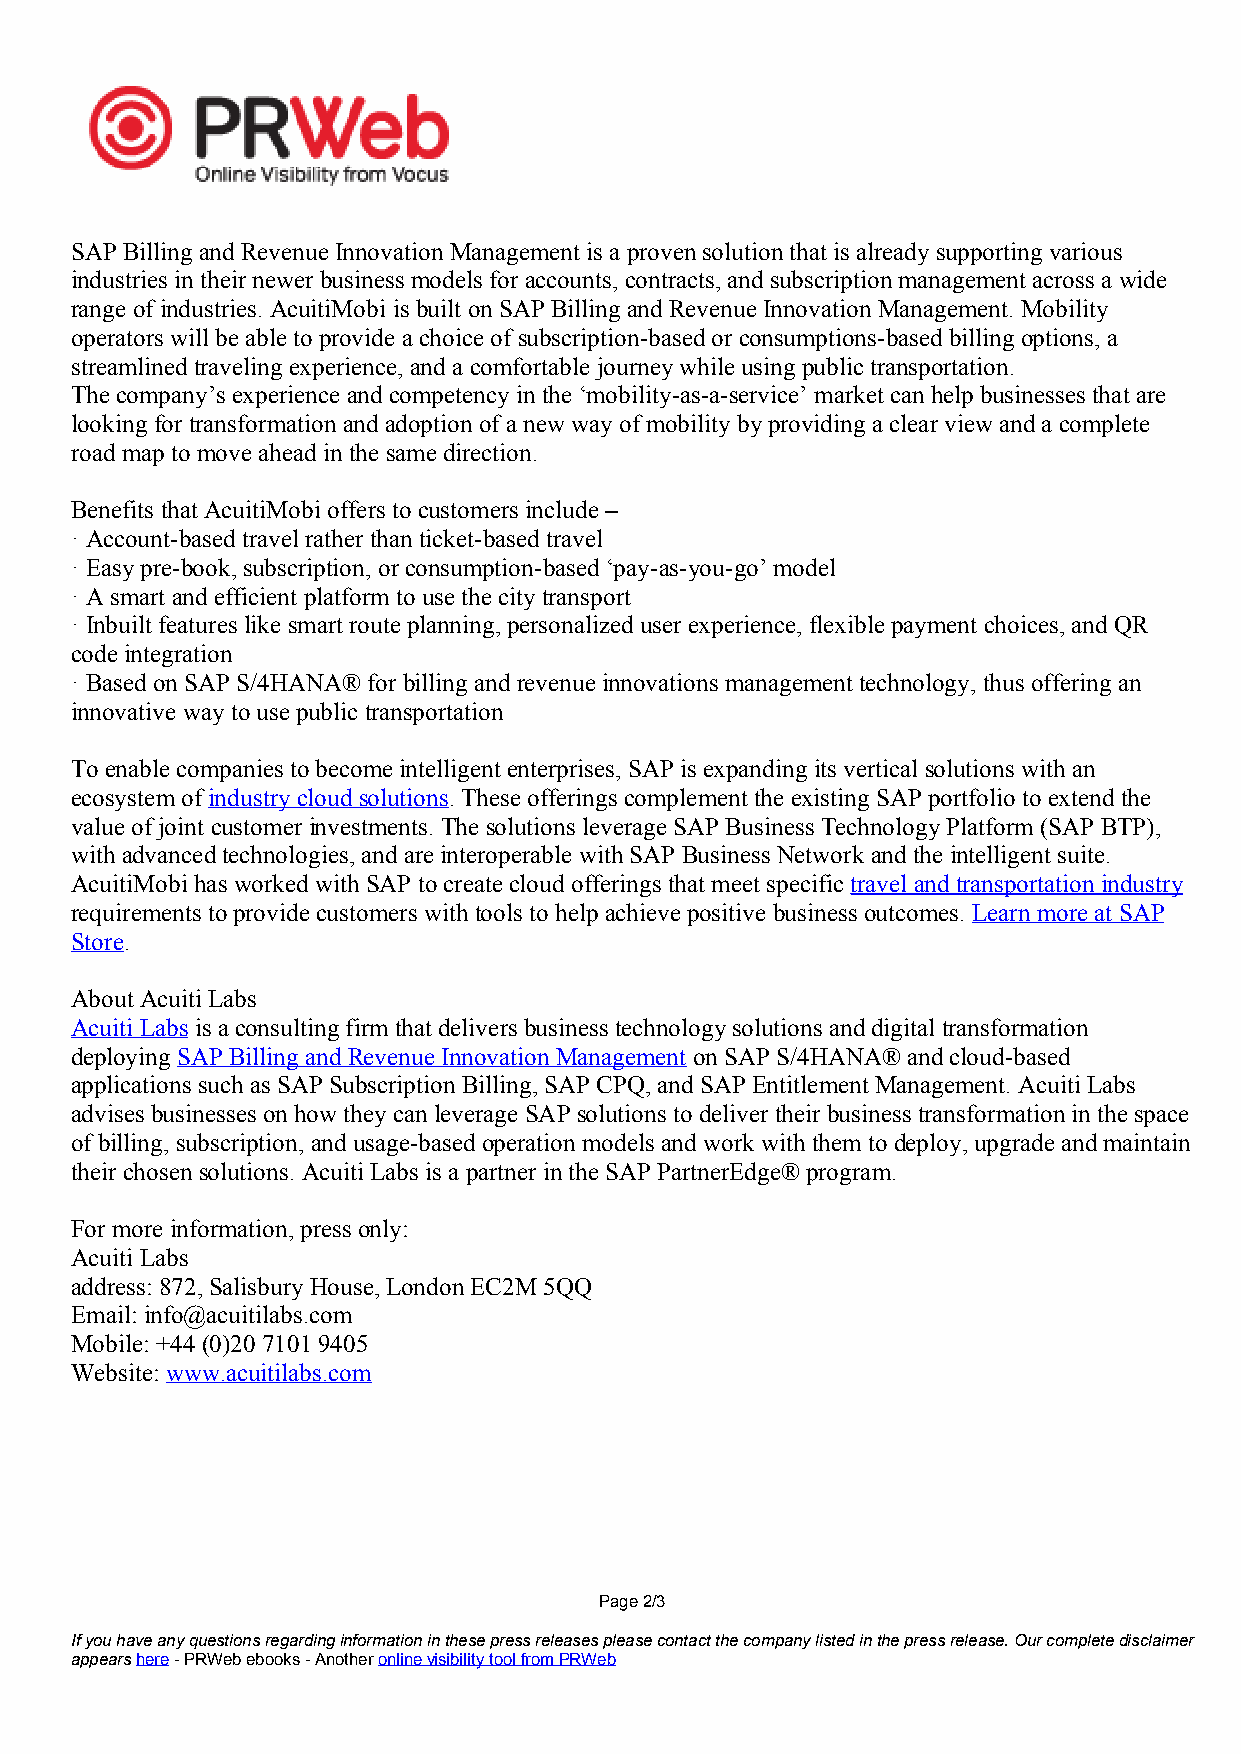
SAP Billing and Revenue Innovation Management is a proven solution that is already supporting various
 industries in their newer business models for accounts, contracts, and subscription management across a wide
 range of industries. AcuitiMobi is built onSAP Billing and Revenue Innovation Management. Mobility
 operators will be able to provide a choice of subscription-based or consumptions-based billing options, a
 streamlined traveling experience, and a comfortable journey while using public transportation.
 The company’s experience and competency in the ‘mobility-as-a-service’ market can help businesses that are
 looking for transformation and adoption of a new way of mobility byproviding a clear view and a complete
 road map to move ahead in the same direction.
 Benefits that AcuitiMobi offers to customers include –
 · Account-based travel rather than ticket-based travel
 · Easy pre-book,subscription, or consumption-based ‘pay-as-you-go’ model
 · A smart and efficient platform to use the city transport
 · Inbuilt features like smart route planning, personalized user experience, flexible payment choices, and QR
 code integration
 · Based onSAP S/4HANA® for billing and revenue innovations management technology, thus offering an
 innovative way to use public transportation
 To enable companies to become intelligent enterprises, SAP is expanding its vertical solutions with an
 ecosystem of industry cloud solutions.These offerings complement the existing SAP portfolio to extend the
 value of joint customer investments. The solutions leverage SAP Business Technology Platform (SAP BTP),
 with advanced technologies, and are interoperable with SAP Business Network and the intelligent suite.
 AcuitiMobi has worked with SAP to create cloud offerings that meet specific travel and transportation industry
 requirements to provide customers with tools to help achieve positive business outcomes. Learn more at SAP
 Store.
 About Acuiti Labs
 Acuiti Labs is a consulting firm that delivers business technology solutions and digital transformation
 deploying SAP Billing and Revenue Innovation Management onSAP S/4HANA® and cloud-based
 applications such as SAP Subscription Billing, SAP CPQ, and SAP Entitlement Management. Acuiti Labs
 advises businesses onhow they can leverage SAP solutions to deliver their business transformation in the space
 of billing, subscription, and usage-based operation models and work with them to deploy, upgrade and maintain
 their chosen solutions. Acuiti Labs is a partner in the SAP PartnerEdge® program.
 For more information, press only:
 Acuiti Labs
 address: 872,Salisbury House, London EC2M 5QQ
 Email: info@acuitilabs.com
 Mobile: +44 (0)20 71019405
 Website: www.acuitilabs.com
 Page2/3
 Ifyouhaveanyquestionsregardinginformationinthesepressreleasespleasecontactthecompanylistedinthepressrelease.Ourcompletedisclaimer
 appearshere-PRWebebooks-AnotheronlinevisibilitytoolfromPRWeb